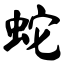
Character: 蛇